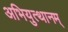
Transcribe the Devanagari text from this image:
अभियुत्थानम्